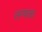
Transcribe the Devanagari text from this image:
तग्यता